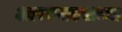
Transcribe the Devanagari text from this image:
आरएसएसच्या